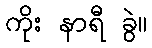
ကိုး နာရီ ခွဲ။